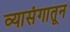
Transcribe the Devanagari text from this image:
व्यासंगातून